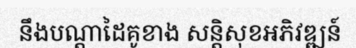
នឹងបណ្តាដៃគូខាង សន្តិសុខអភិវឌ្ឍន៍